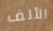
الألف